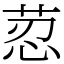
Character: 荵